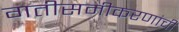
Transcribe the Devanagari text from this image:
गतीसमीकरणांची